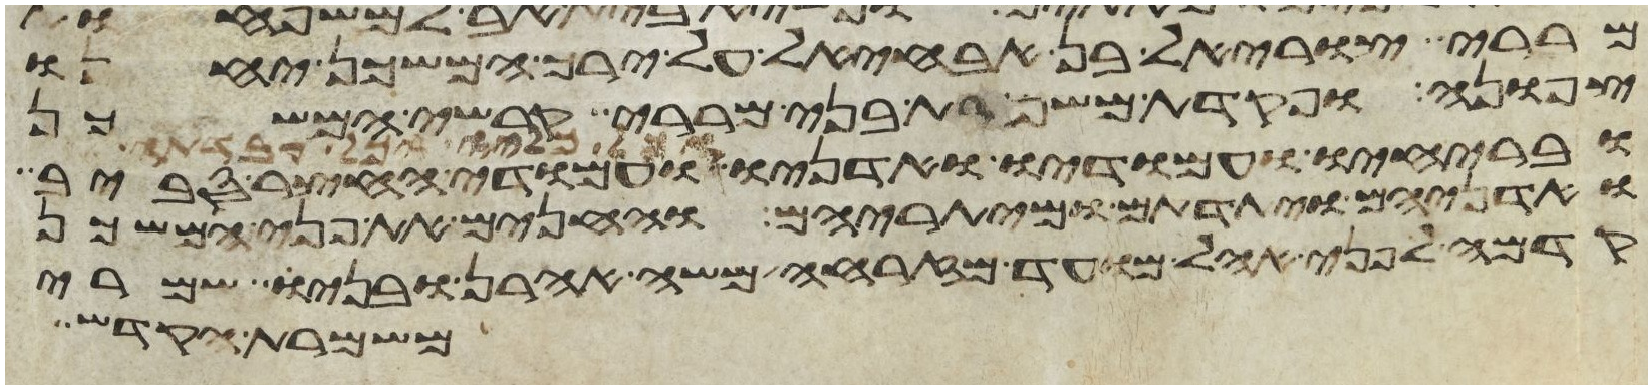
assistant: מררי צוראל בן אבחהל על ירך המשכן יחנו
צפונה ופקדת משמרת בני מררי קרשי המשכן
ובריחיו ועמודיו ואדניו ועמודי החצר סביב
ואדניהם ויתדתם ומיתריהם והחנים את פני המשכן
קדמה לפני אהל מועד מזרחה משה אהרן ובניו שמרי
משמרת הקדש